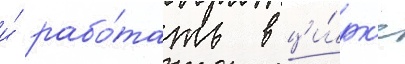
и́ рабо́тать в ци́рк'е